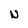
Character: N